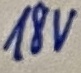
Text: 18V